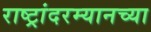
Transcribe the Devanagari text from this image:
राष्ट्रांदरम्यानच्या